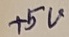
Text: +5V